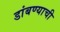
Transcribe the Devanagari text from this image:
डांबण्याची